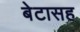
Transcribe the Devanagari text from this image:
बेटासह